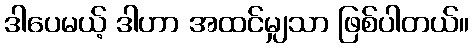
ဒါပေမယ့် ဒါဟာ အထင်မျှသာ ဖြစ်ပါတယ်။